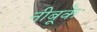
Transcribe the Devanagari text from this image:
नीबूके